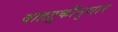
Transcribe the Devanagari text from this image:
वाहतूकीनुसार